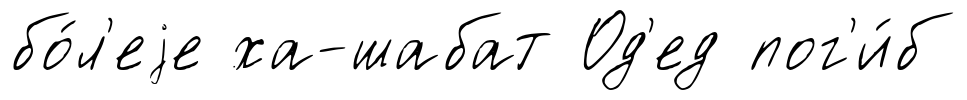
бо́л'еjе ха-шабат Од'ед пог'и́б